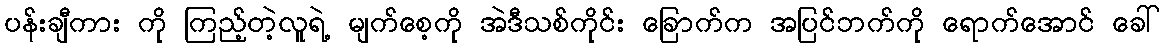
ပန်းချီကား ကို ကြည့်တဲ့လူရဲ့ မျက်စေ့ကို အဲဒီသစ်ကိုင်း ခြောက်က အပြင်ဘက်ကို ရောက်အောင် ခေါ်